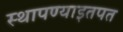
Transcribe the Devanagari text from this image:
स्थापण्याइतपत